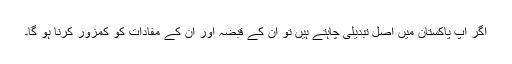
اگر آپ پاکستان میں اصل تبدیلی چاہتے ہیں تو ان کے قبضہ اور ان کے مفادات کو کمزور کرنا ہو گا۔